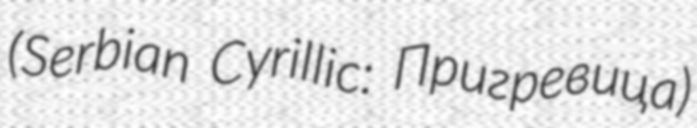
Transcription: (Serbian Cyrillic: Пригревица)